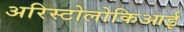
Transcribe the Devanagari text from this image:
अरिस्टोलोकिआई